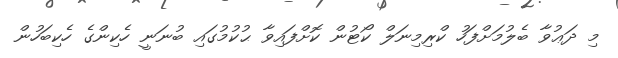
މި ދަޢުވާ ބެލުމަށްފަހު ކްރިމިނަލް ކޯޓުން ކޮށްފައިވާ ޙުކުމުގައި ބުނަނީ ހެކިންގެ ހެކިބަހުން